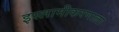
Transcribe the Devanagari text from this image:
इस्लामीकरणाला